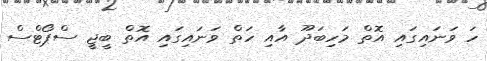
ހަ ވަނައިގައި އޮތް މަހިބަދޫ އާއި ހަތް ވަނައިގައި އޮތް ބީޖީ ސްޕޯޓްސް